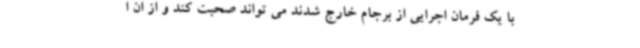
با یک فرمان اجرایی از برجام خارج شدند می تواند صحبت کند و از ان ا